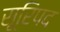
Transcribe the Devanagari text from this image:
सूरिपद